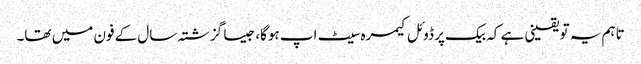
تاہم یہ تو یقینی ہے کہ بیک پر ڈوئل کیمرہ سیٹ اپ ہوگا، جیسا گزشتہ سال کے فون میں تھا۔